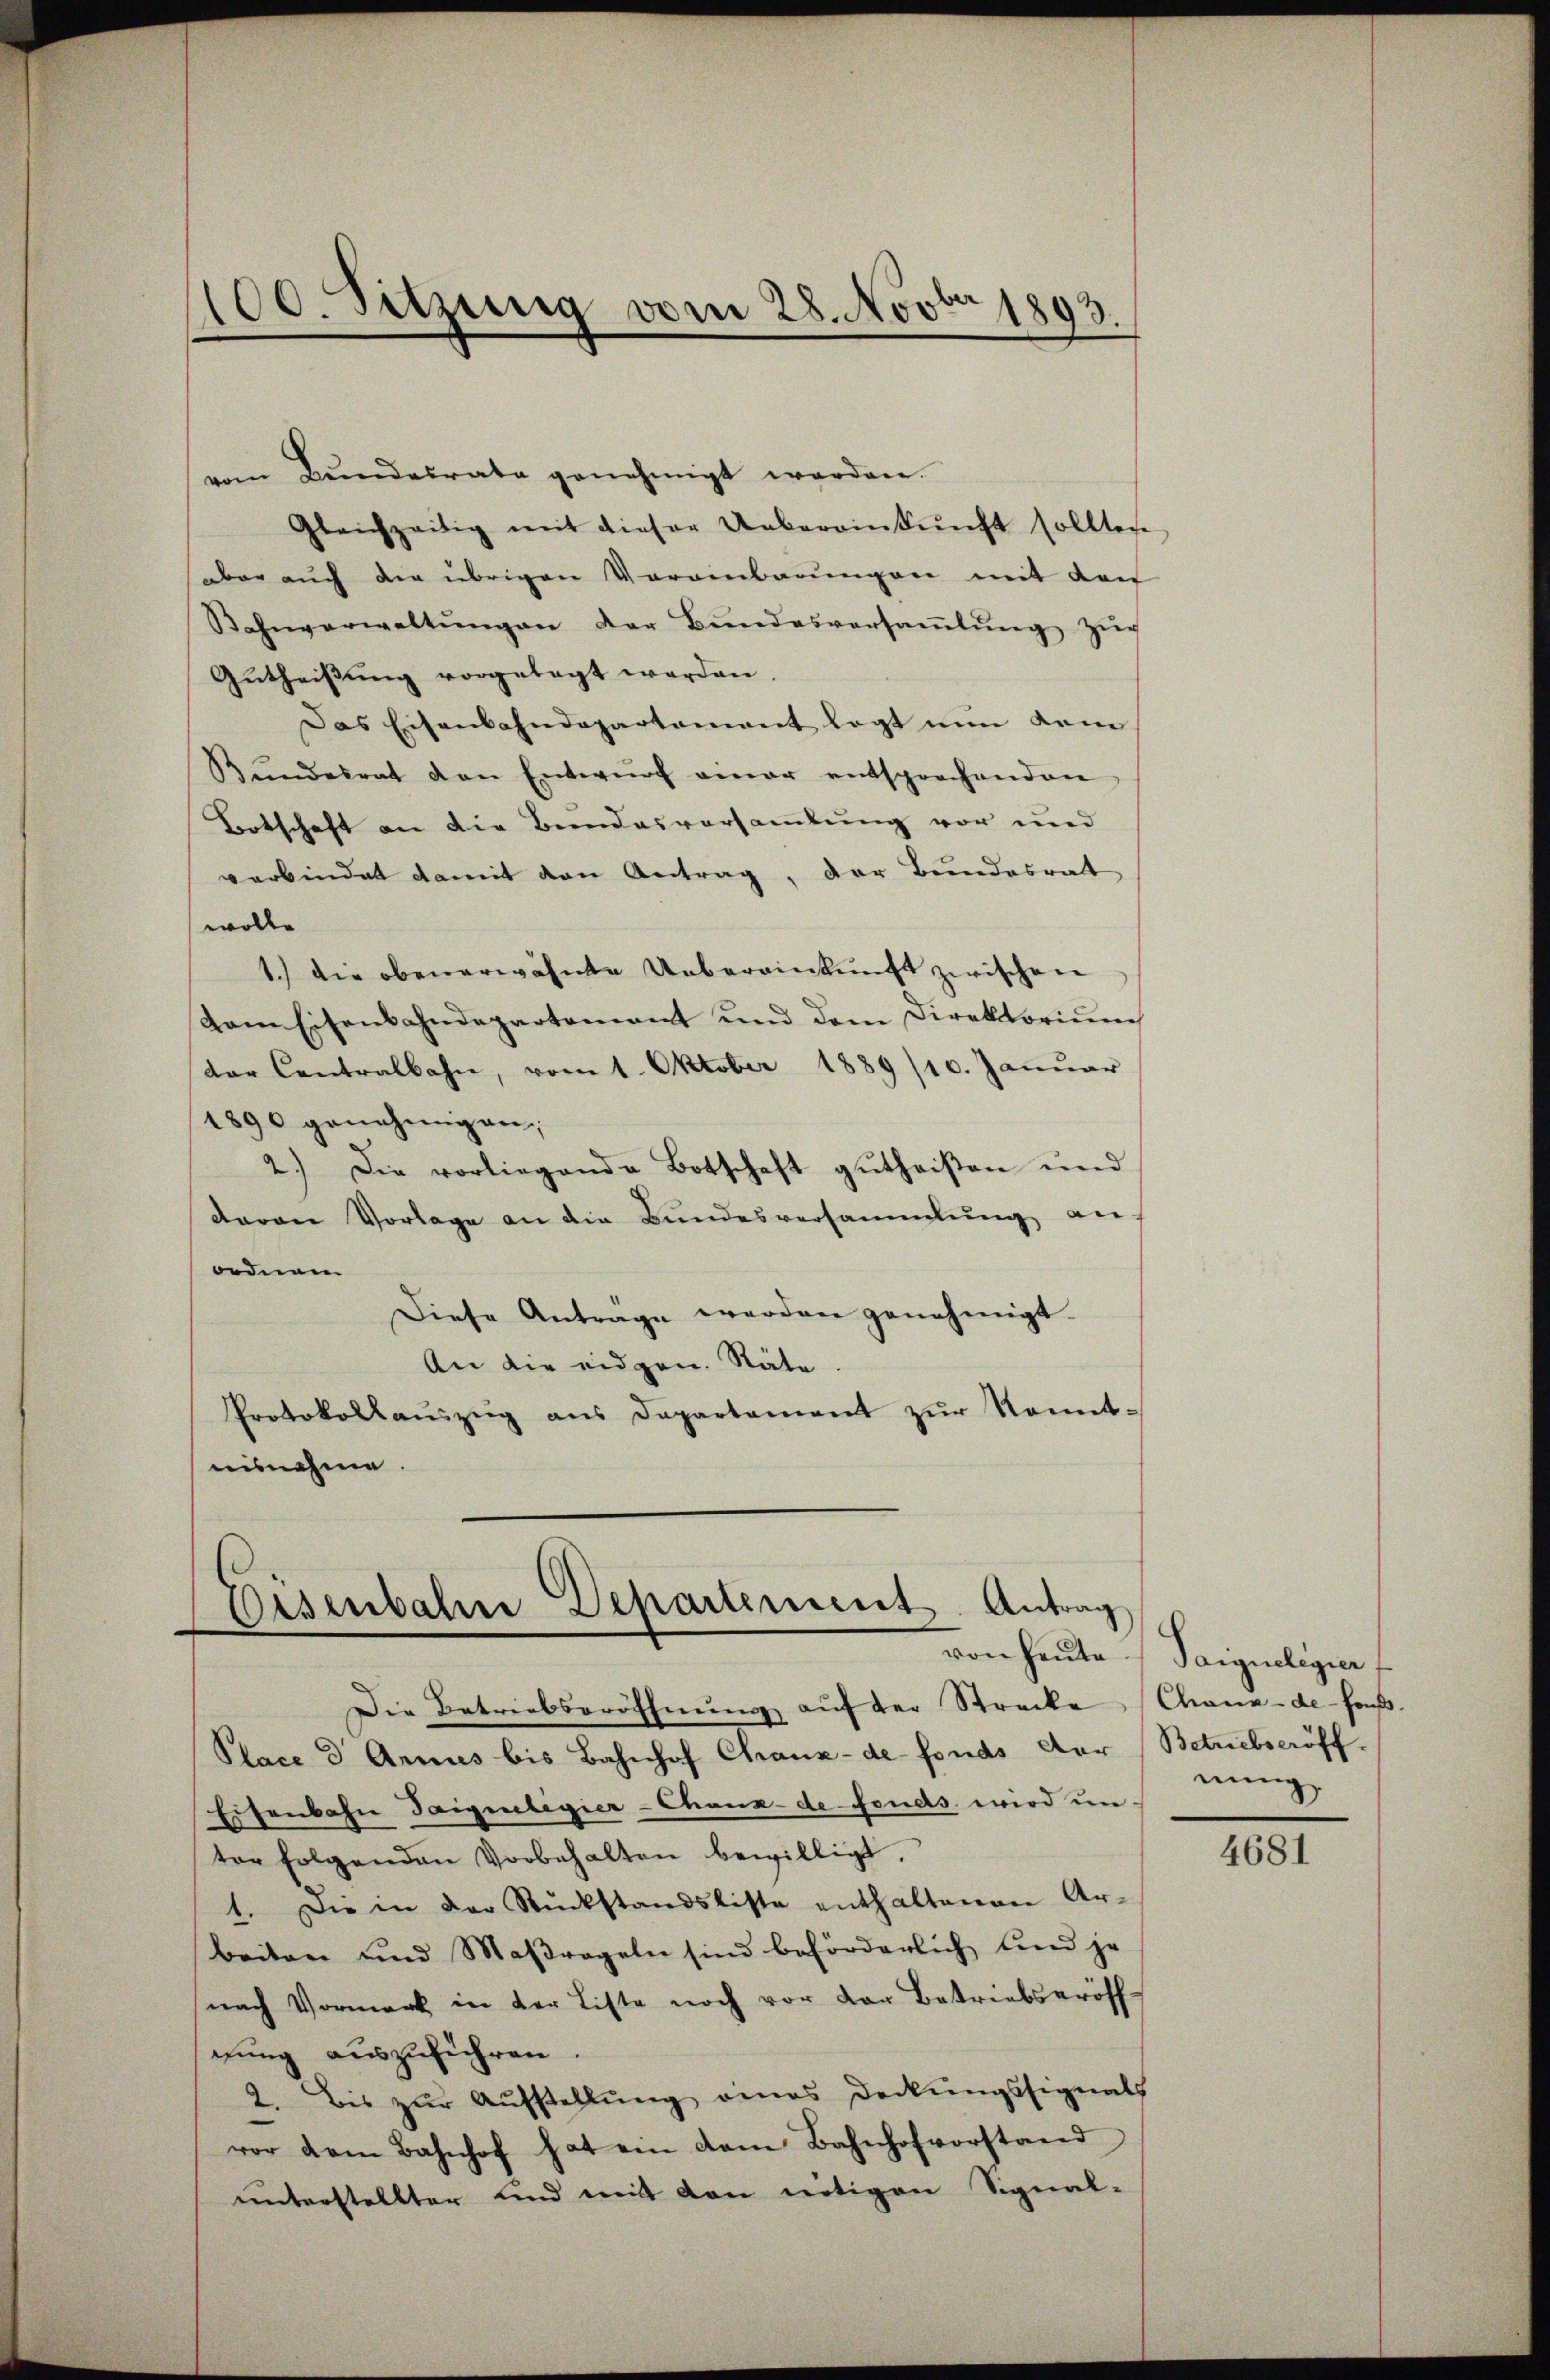
100. Sitzung vom 28. Novbr 1893.
1

vom Bundesrate genehmigt werden.
Gleichzeitig mit dieser Uebereinkŭnft sollten
aber auch die übrigen Vorainbarungen mit der
Bahnverwaltŭngen der Bŭndesversaṁlŭng zŭr
Gŭtheisŭng vorgelegt worden.
Das Eisenbahndepartamant legt nŭn dem
Bŭndesrat den Entwŭrf amar entsprochenden
Botschaft an die Bundesversammlung vor und
verbindet damit den Antrag, der Bundesrat
wolle
1.) Die obenerwähnte Uebereinkunft zwischen
vom Eisenbahndepartamant und dem Direktoriŭm
der Contralbahn, vom 1. Oktober 1889/10. Janŭar
1890 genehmigen,
2.) Die vorliegende Botschaft gŭtheißen und
davon Vorlage an die Bundesversammlung an
ordnen
Diese Antrage werden genehmigt
An die eidgen. Stäte
Protokollaŭszŭg ans Departement zŭr Nomt-
nisnahme.

Eisenbahre Departement. Antrag
von heute
Die Betriebseröffnung auf der Strecke

Place d. Annus bis Bahnhof Chaux-de-Fonds der
Eisenbahn Taiguilegier-Chaux-de-Fonds. wird in
ter folgenden Vorbehalten bewilligt,
1. Die in der Rückstandsliste enthaltenen Ar-
beiten und Maßregeln sind beförderlich und je
nach Vormark in der Liste noch vor der Betriebseröff-
rung auszuführen
2. Bis zŭr Aŭfstellŭng eines Deckŭngssignals
vor dem Bahnhof hat ein dem Bahnhofvorstand
unterstellter und mit den nötigen Signal-

Paignelegier
Chaux-de-Fous.
Betriebseröff
nung

4681